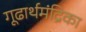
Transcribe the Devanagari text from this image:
गूढार्थमंद्रिका